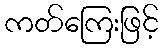
ကတ်ကြေးဖြင့်